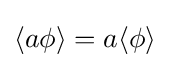
\langle a\phi \rangle =a\langle \phi \rangle